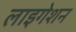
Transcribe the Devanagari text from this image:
लाइगेशन